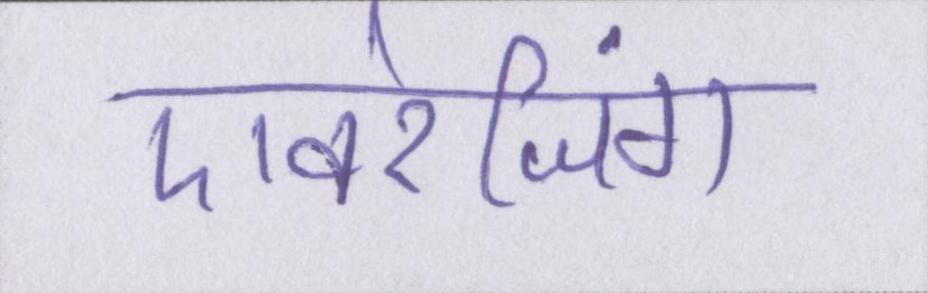
एवरेजिंग